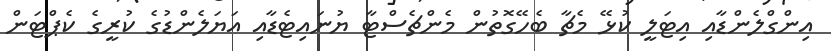
އިންގްލެންޑާއި އިޓަލީ ކުޅޭ މެޗާ ބެހޭގޮތުން މެންޗެސްޓާ ޔުނައިޓެޑާއި އަޔަލެންޑުގެ ކުރީގެ ކެޕްޓަން